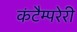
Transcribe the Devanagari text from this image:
कंटैम्परेरी